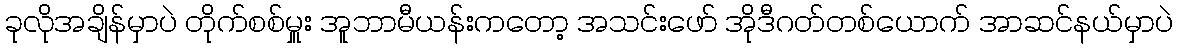
ခုလိုအချိန်မှာပဲ တိုက်စစ်မှူး အူဘာမီယန်းကတော့ အသင်းဖော် အိုဒီဂတ်တစ်ယောက် အာဆင်နယ်မှာပဲ